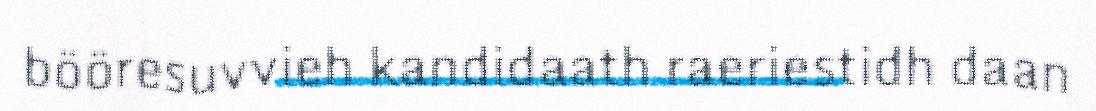
bööresuvvieh kandidaath raeriestidh daan